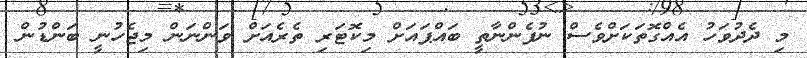
މި ދެދުވަހު އެއްގޮތަކަށްވެސް ނުފެންނާތީ ބައްޕައަށް މިކޮޓަރި ތެރެއަށް ވަންނަން މިޖެހުނީ ބަންޑުން